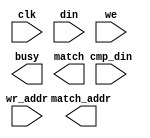

module cam_16x48
(
    input           clk,
    input [47:0]    cmp_din,
    input [47:0]    din,
    input           we,
    input [3:0]	    wr_addr,
    output          busy,
    output          match,
    output [3:0]    match_addr
);
endmodule